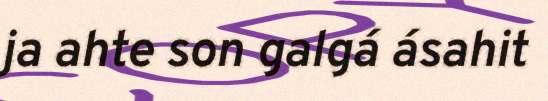
ja ahte son galgá ásahit